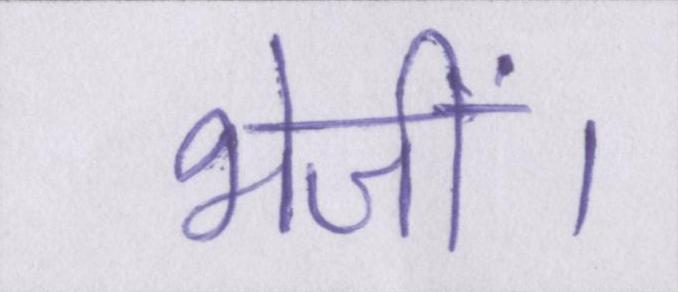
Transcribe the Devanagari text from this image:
भेजीं।